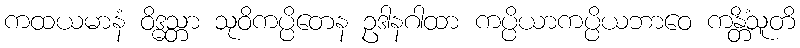
ကထယမာနံ ဝိဒ္ဓသ္တာ သုဝိကပ္ပိတေန ဥဒါနဂါထာ ကပ္ပိယာကပ္ပိယဘာဝေ ကန္တိံသူတိ